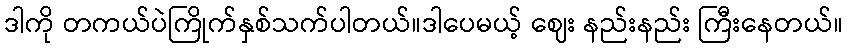
ဒါကို တကယ်ပဲကြိုက်နှစ်သက်ပါတယ်။ဒါပေမယ့် ဈေး နည်းနည်း ကြီးနေတယ်။